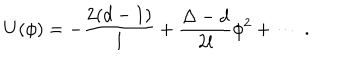
LaTeX: U ( \phi ) = - \frac { 2 ( d - 1 ) } l + \frac { \Delta - d } { 2 l } \phi ^ { 2 } + \cdots ~ .